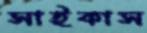
সাইকাস